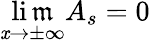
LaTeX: \operatorname*{li\mathfrak{m}}_{\mathit{x}\rightarrow\pm\infty}A_{s}=0